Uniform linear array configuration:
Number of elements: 16
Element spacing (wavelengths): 1
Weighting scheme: cosine
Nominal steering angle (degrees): -60
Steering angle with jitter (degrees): -58.509
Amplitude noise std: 0.05
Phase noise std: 0.05

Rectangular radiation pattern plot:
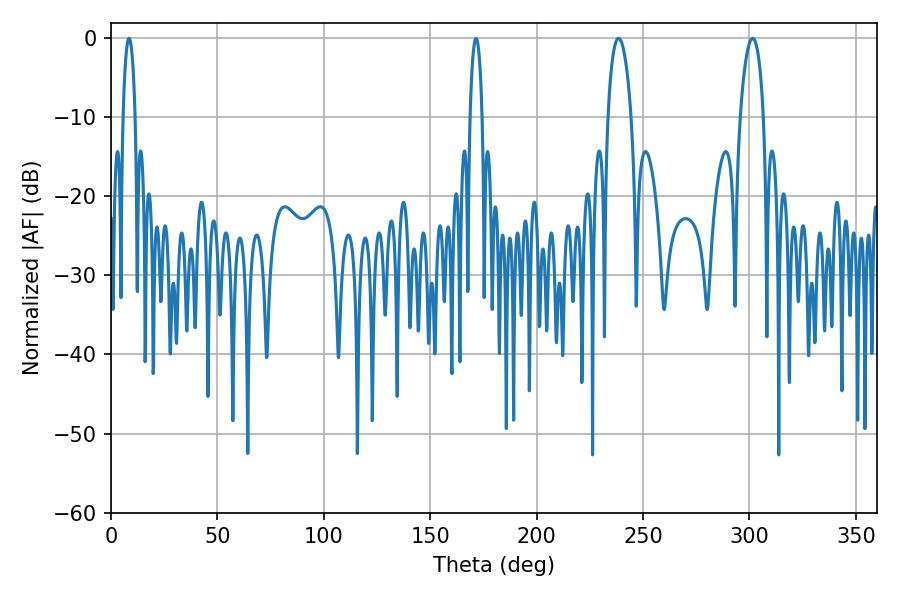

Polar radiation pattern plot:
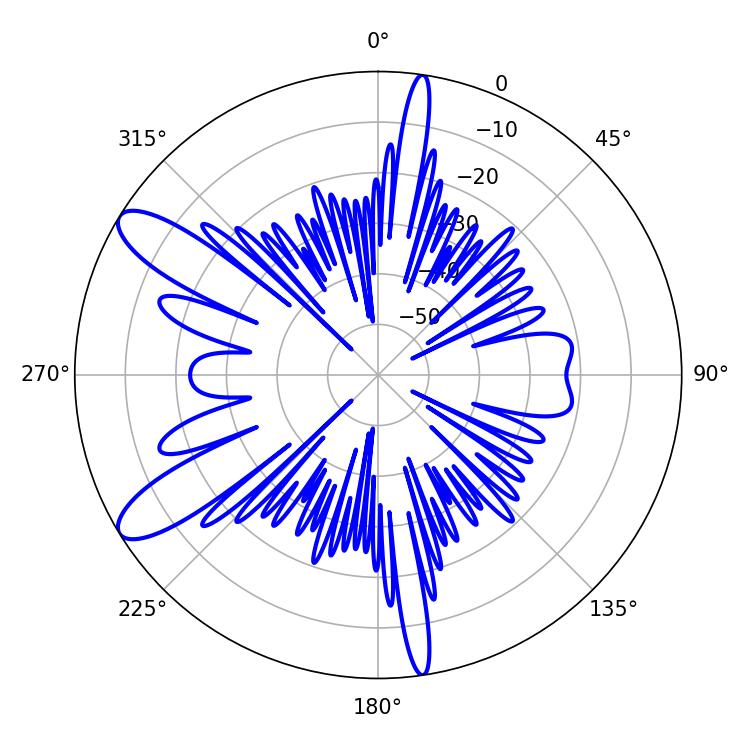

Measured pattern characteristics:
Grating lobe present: TRUE
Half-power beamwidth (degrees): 6.12
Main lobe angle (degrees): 238.5